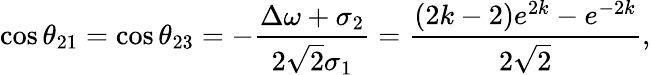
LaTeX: \cos\theta_{21}=\cos\theta_{23}=-\frac{\Delta\omega+\sigma_{2}}{2\sqrt{2}\sigma_{1}}=\frac{(2k-2)e^{2k}-e^{-2k}}{2\sqrt{2}},